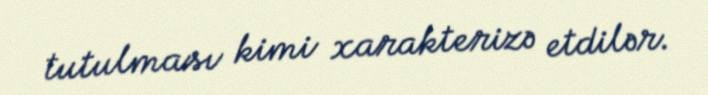
tutulması kimi xarakterizə etdilər.